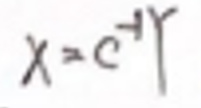
$x = e ^ { - y }$